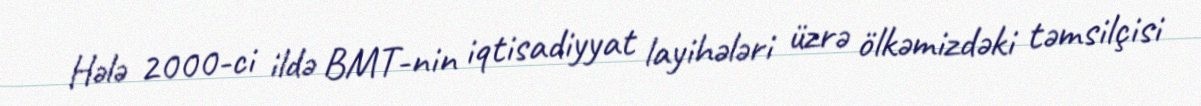
Hələ 2000-ci ildə BMT-nin iqtisadiyyat layihələri üzrə ölkəmizdəki təmsilçisi